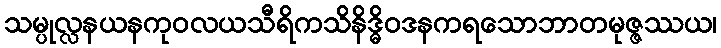
သမ္ပုလ္လနယနကုဝလယသီရိကသိနိဒ္ဓိဝဒနကရသောဘာတမုဇ္ဇဿယ၊